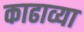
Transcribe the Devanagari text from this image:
काढाव्या